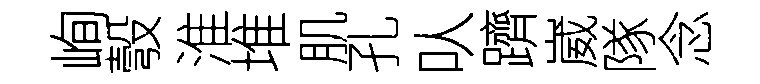
峋彀淮堆肌孔㕥躋崴隊念